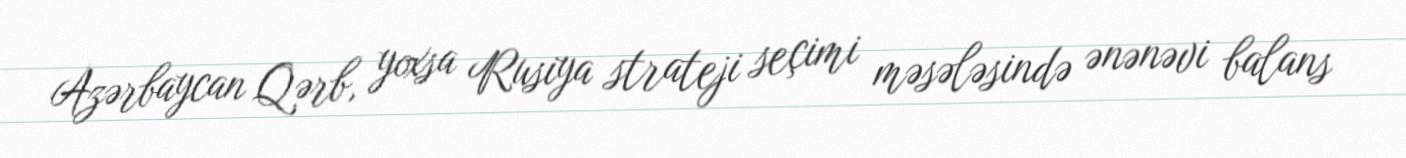
Azərbaycan Qərb, yoxsa Rusiya strateji seçimi məsələsində ənənəvi balans